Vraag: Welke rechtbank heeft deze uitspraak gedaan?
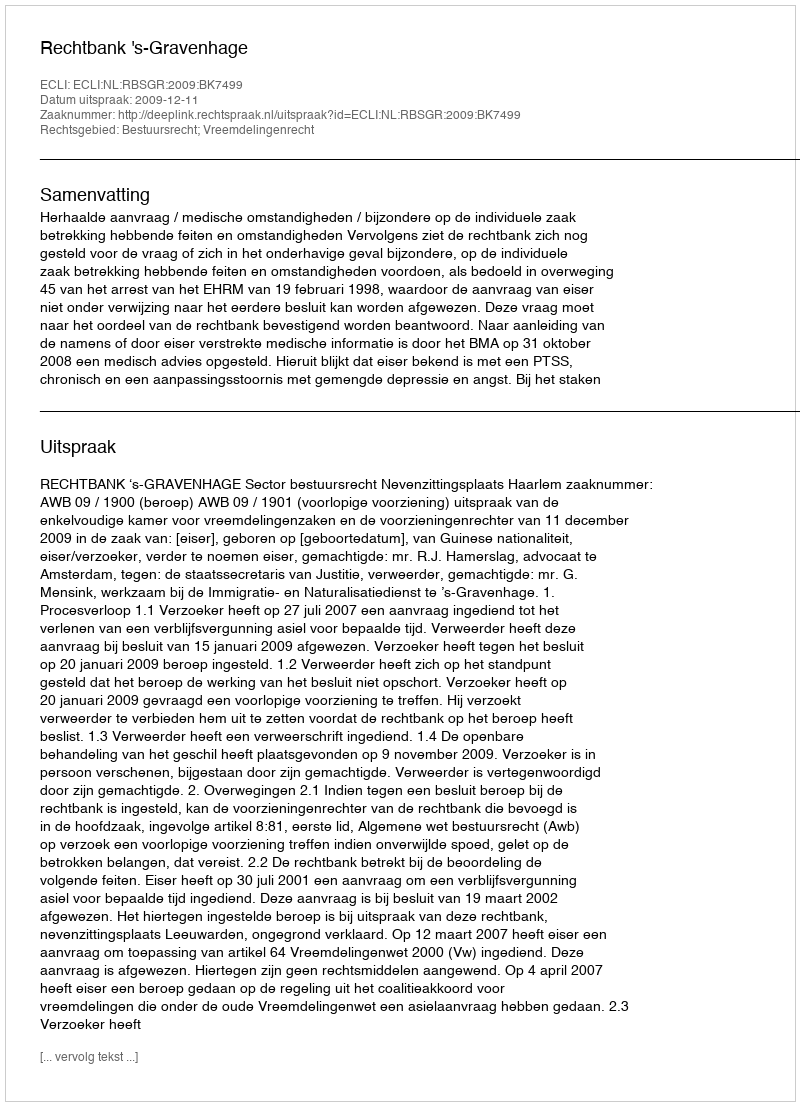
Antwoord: Rechtbank 's-Gravenhage